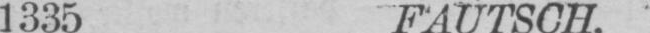
1335 FAUTSCH.